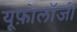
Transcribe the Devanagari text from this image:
यूफ़ोलॉजी